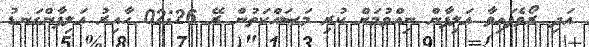
އަދި ރޯވެފައިވާ އަލިފާން ނިއްވުމަށް ކުރި މަސައްކަތުން ރޭ 02:26 ހާއިރު އަލިފާންގަނޑު